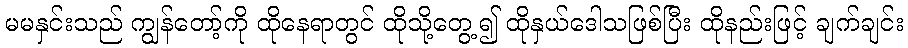
မမနှင်းသည် ကျွန်တော့်ကို ထိုနေရာတွင် ထိုသို့တွေ့၍ ထိုနှယ်ဒေါသဖြစ်ပြီး ထိုနည်းဖြင့် ချက်ချင်း